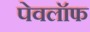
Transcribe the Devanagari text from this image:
पेवलॉफ